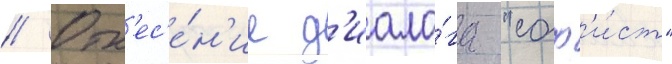
// Отн'ес'е́н'ие д'иало́га "соф'и́ст"